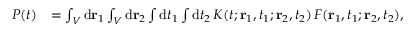
\begin{array} { r l } { P ( t ) } & { = \int _ { \cal V } \mathrm { d } { \bf r } _ { 1 } \int _ { \cal V } \mathrm { d } { \bf r } _ { 2 } \int \mathrm { d } t _ { 1 } \int \mathrm { d } t _ { 2 } \, K ( t ; { \bf r } _ { 1 } , t _ { 1 } ; { \bf r } _ { 2 } , t _ { 2 } ) \, F ( { \bf r } _ { 1 } , t _ { 1 } ; { \bf r } _ { 2 } , t _ { 2 } ) , } \end{array}